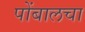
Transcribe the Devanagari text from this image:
पोंबालचा